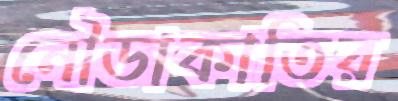
নৌডাকাতির